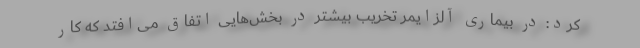
کرد:‌ در بیماری آلزایمر تخریب بیشتر در بخش‌هایی اتفاق می‌افتد که کار